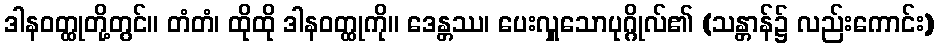
ဒါနဝတ္ထုတို့တွင်။ တံတံ၊ ထိုထို ဒါနဝတ္ထုကို။ ဒေန္တဿ၊ ပေးလှူသောပုဂ္ဂိုလ်၏ (သန္တာန်၌ လည်းကောင်း)